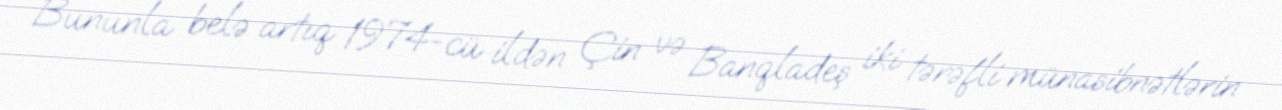
Bununla belə artıq 1974-cü ildən Çin və Banqladeş iki tərəfli münasibnətlərin